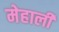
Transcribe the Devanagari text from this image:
मेहाली